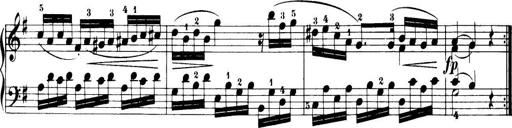
Title: 32 Sonatinas and Rondos for the Piano
Composer: Richard Kleinmichel